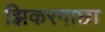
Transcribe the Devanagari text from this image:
झिकरगाछा